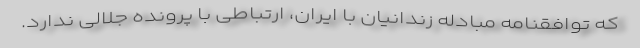
که توافقنامه مبادله زندانیان با ایران، ارتباطی با پرونده جلالی ندارد.